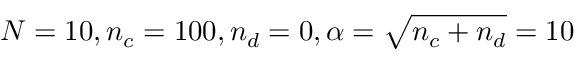
N = 1 0 , n _ { c } = 1 0 0 , n _ { d } = 0 , \alpha = \sqrt { n _ { c } + n _ { d } } = 1 0